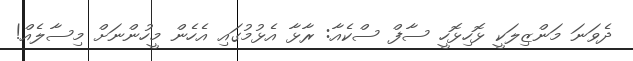
ދެވަނަ މަންޒިލަކީ ޅޮހިޅޮހީ ސާފް ސްކެއާ: ރާޅާ އެޅުމުގައި އެހެން މީހުންނަށް މިސާލެއް!